Leaving Certificate Examination (including Day School Certificate (Higher) General paper), 1937
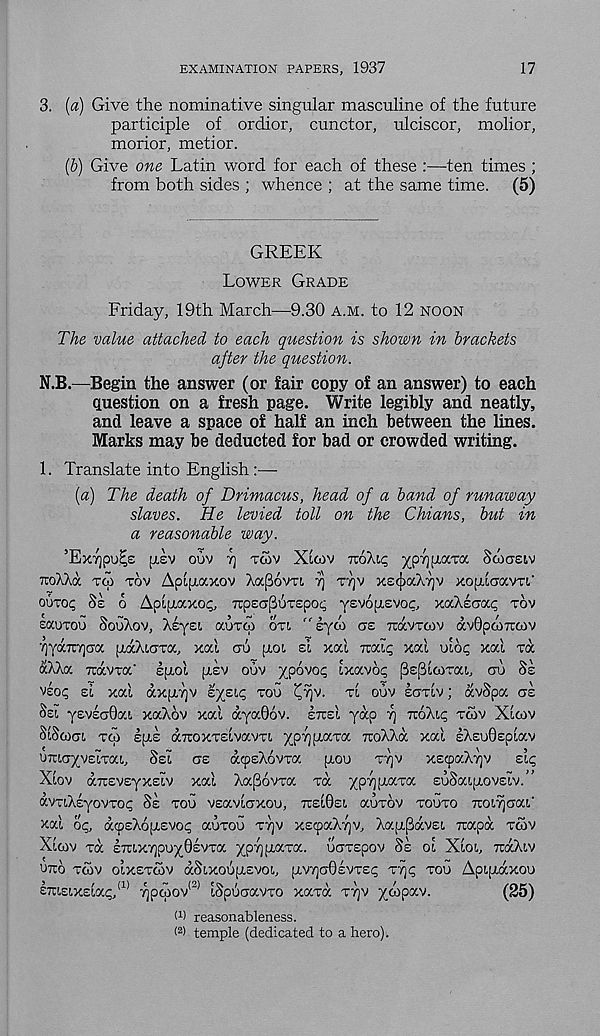
EXAMINATION PAPERS, 1937
17
3. [a) Give the nominative singular masculine of the future
participle of ordior, cunctor, ulciscor, molior,
morior, metior.
(&) Give one Latin word for each of these :—ten times ;
from both sides ; whence ; at the same time. (5)
GREEK
LOWER GRADE
Friday, 19th March—9.30 A.M. to 12 NOON
The value attached to each question is shown in brackets
after the question.
N.B.—Begin the answer (or fair copy of an answer) to each
question on a fresh page. Write legibly and neatly,
and leave a space of half an inch between the lines.
Marks may be deducted for bad or crowded writing.
1. Translate into English :—-
(a) The death of Drimacus, head of a band of runaway
slaves. He levied toll on the Chians, but in
a reasonable way.
’Exyjpu^e [j.ev ouv 7] TOW XLCOV nokic, yor t uaTa Soiasiv
iroAXa TCO TOV Aplpaxov XapovTL 'q TTJV xeiaX'/jv xopicrocvTt,'
ourop SE 6 Aplpaxo<;, Tepsu^Tepoc; yevopevoc, y.c/CKtacf.c, TOV
saoTou SouXov, XeyEi auTO) OTI " lyd) as TTOCVTCOV avOpoiTcoiv
’ryjjzqm. paXiTTa, xal CTU UOL si xal izdic, xal oiop xal TOC
aXXa TcdcvToc' spot psv ouv ypovot; ixavoi; psploiTai, au Ss
vsop si xal dxp7]V tyzic, TOO ^Yjv. TI OUV scmv; dvSpa crs
Ssi y£VEG0ai xaXov xal dyaOov. ETUEI yap y iroXip TWV XLGIV
SISCOG!. TO! sps aTOXTslvavTi ypypaTa TTOXXO xal EXsoOepiav
UTUG/VEiTa!,, SEI G£ (Z^EXOVTO poo Tyv xscpaXyv zlq
Xiov drcsvEyxelv xal Xa^ovTa TO ypypa.Ta suSaipovslv.
avTiXEyovToc; Ss TOO VEavlaxcu, TrelOeL OUTOV TOOTO raxyaa!.'
aal op, dcpsXopevoip OOTOO TYJV xstpaXyv, Xap^dvEi Tiapd TO5V
Xlcov TO ETUxypuyOevTa ypypaTa. ooTspov Ss ol Xloi, TrdXiv
UTTO TCOV OIXETCOV dSixcupEvoi., pvya0£VTE(; Ty^ TOO Apipdxoo
eTUEixElap,* 11 ypcpov (2) tSpoaavTO XOTO Tyv yoopav.
(25)
f 1 ) reasonableness.
( 2 > temple (dedicated to a hero).